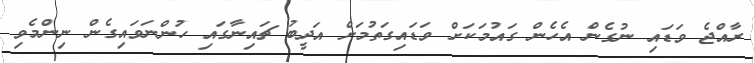
ރާއްޖެ ވަޑައި ނުގެން އެހެން ގައުމަކަށް ވަޑައިގަތުމަށް އަދީބު ޗައިނާގައި ހުންނަވައިގެން ނިންމެވި